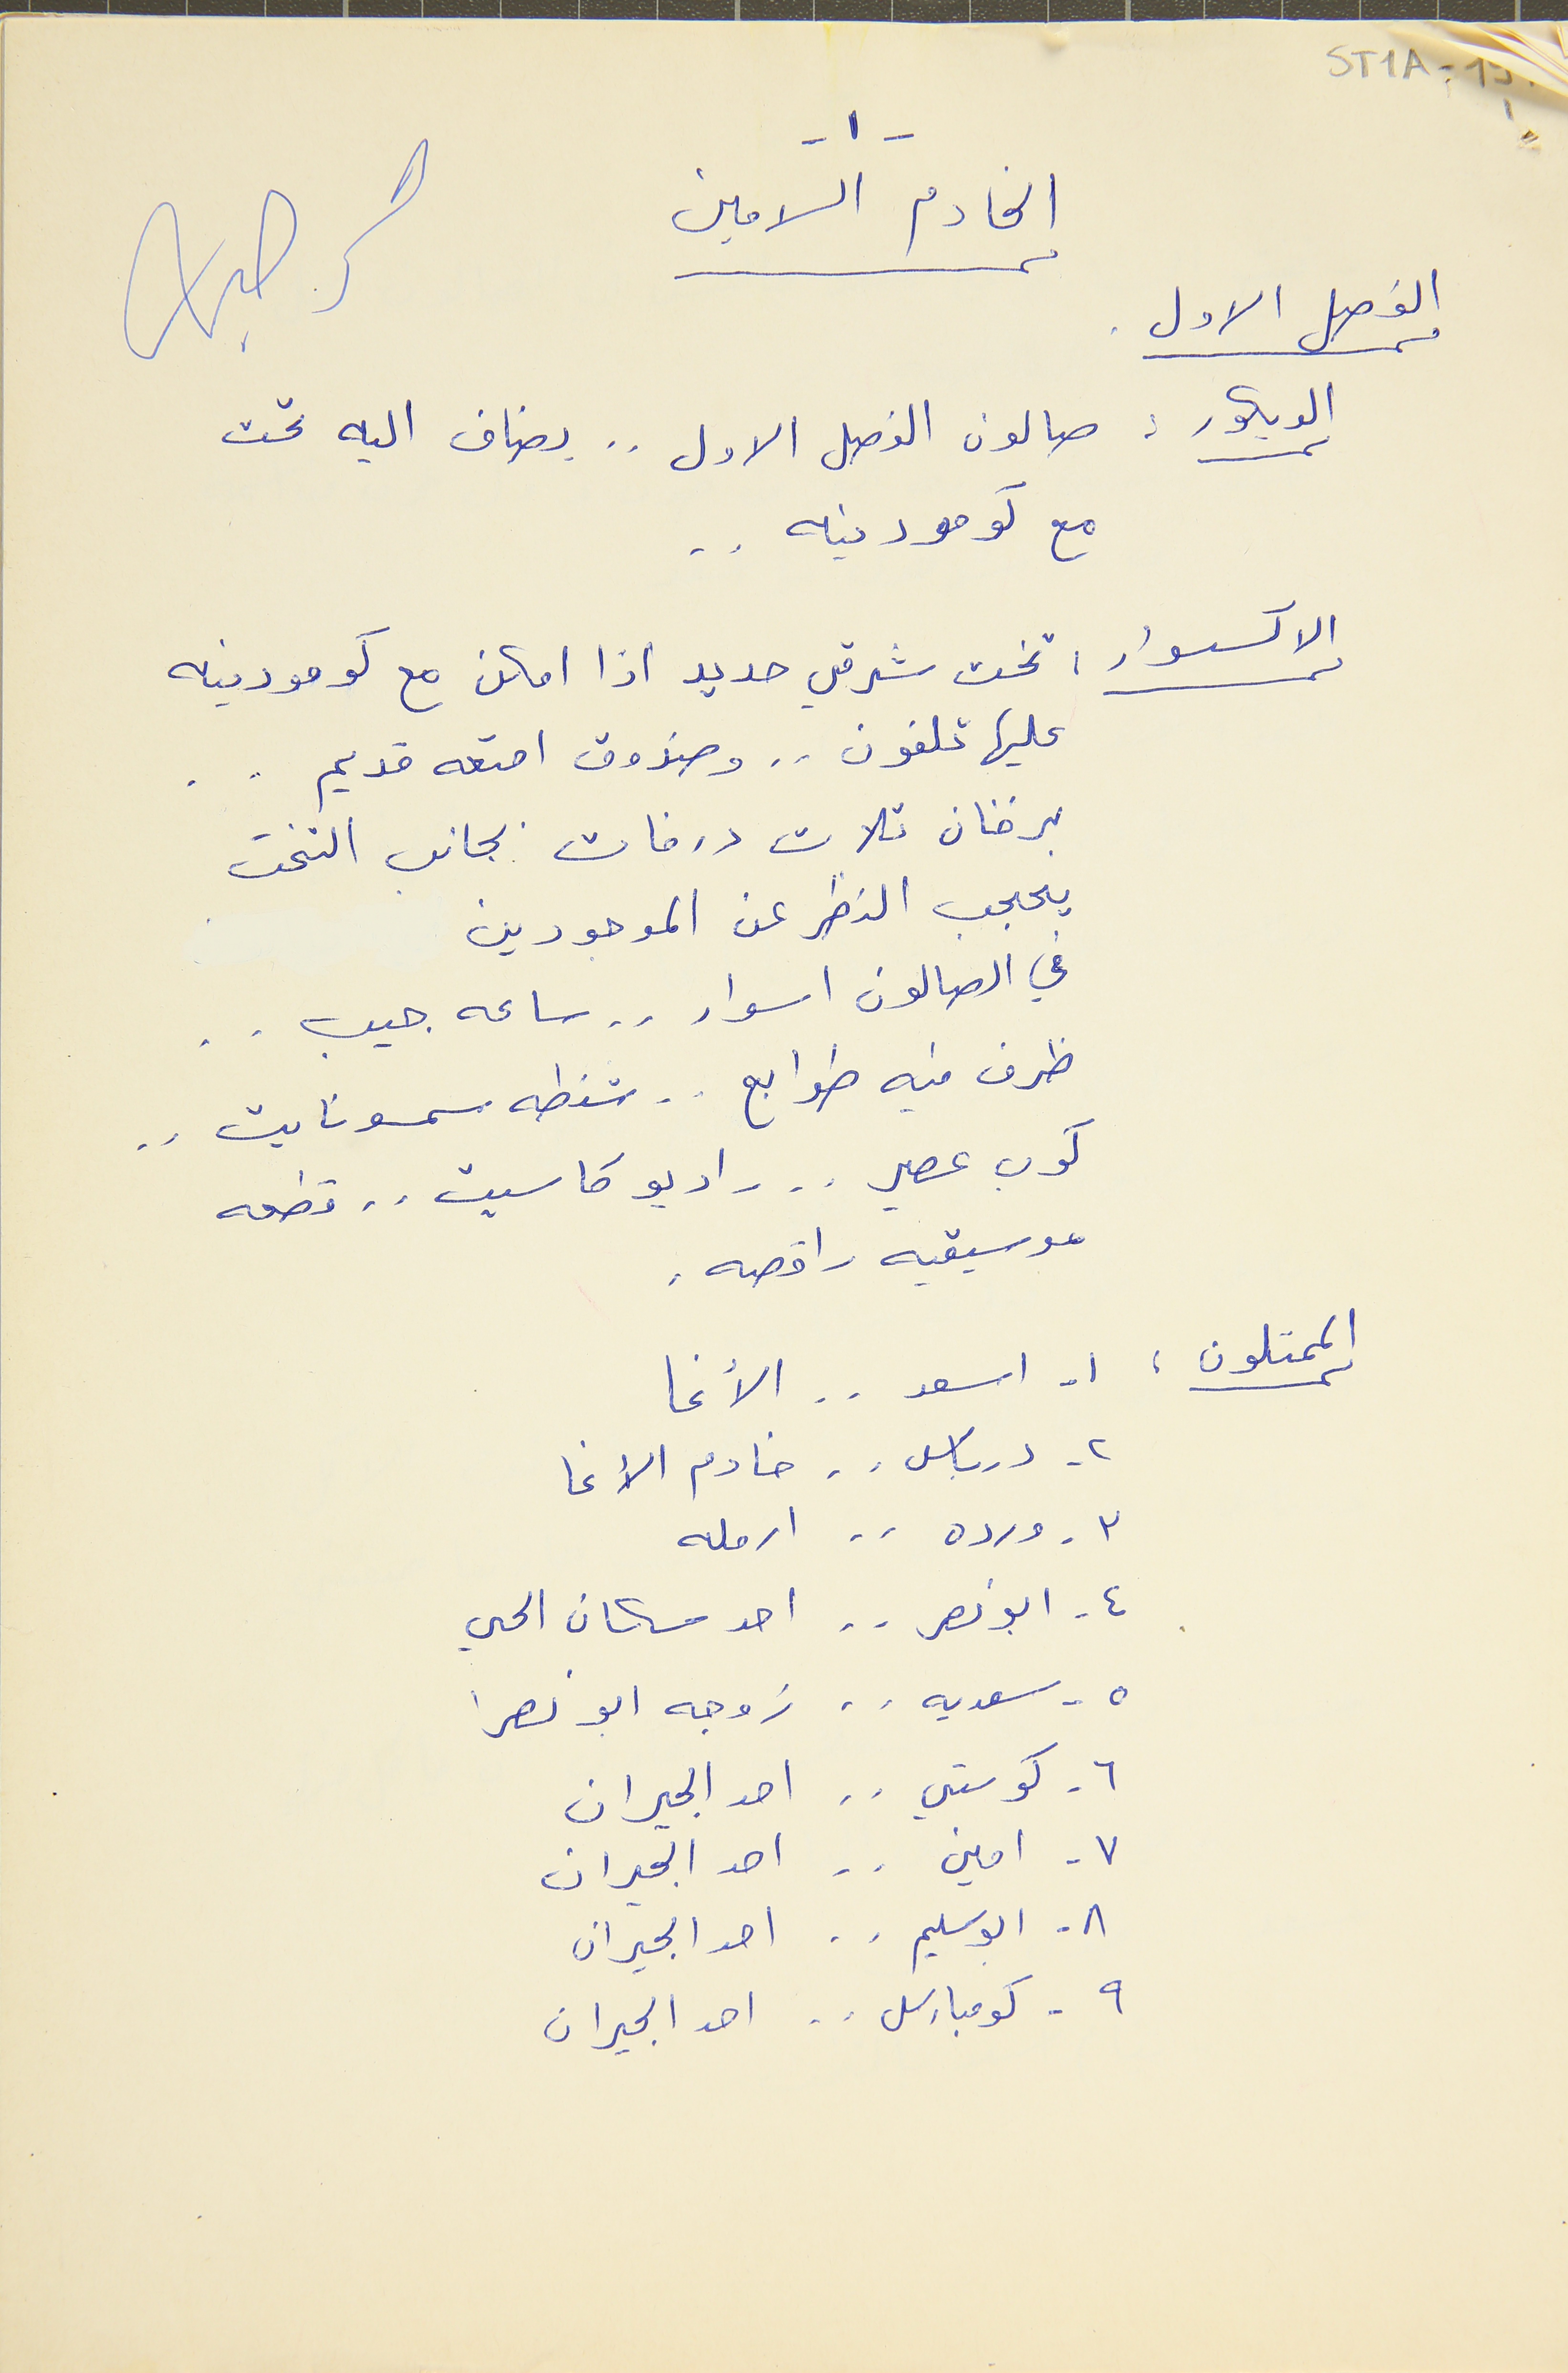
ST1A-15 1
-١- الخادم الامين
الفصل الاول
الديكور: صالون الفصل الاول . . يضاف اليه تحت
مرحبه
مع كومودينه . .
الاكسسوار : تخت شرقي حديد اذا امكن مع كومودينه
عليها تلفون . . وصندوق امتعه قديم . .
برقان ثلاث درفات بجانب التخت
يحجب النظر عن الموجودين
في الصالون اسوار . . ساعه جيب . .
ظرف فيه طوابع . . شنطه سمسونايت . .
كوب عصير . . راديو كاسيت . . قطعه
موسيقيه راقصه .
الممثلون : ١ - اسعد . . الآغا
٢ - درباس . . خادم الآغا
٣ _ ورده . . ارمله
٤ - ابو نصر . . احد سكان الحي
٥ - سعديه . . زوجه ابو نصرا
٦ - كوستي . . احد الجيران
٧ - امين . . احد الجيران
٨ - ابو سليم . . احد الجيران
٩ - كومبارس . . احد الجيران